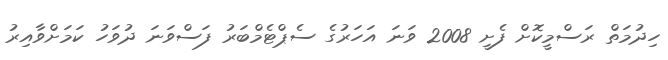
ހިދުމަތް ރަސްމީކޮށް ފެށީ 2008 ވަނަ އަހަރުގެ ސެޕްޓެމްބަރު ފަސްވަނަ ދުވަހު ކަމަށްވާއިރު